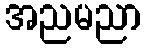
အညမညာ